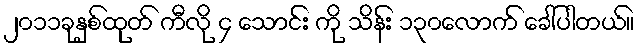
၂၀၁၁ခုနှစ်ထုတ် ကီလို ၄ သောင်း ကို သိန်း ၁၃၀လောက် ခေါ်ပါတယ်။